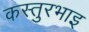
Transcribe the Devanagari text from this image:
कस्तुरभाइ